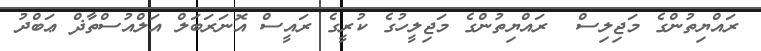
ރައްޔިތުންގެ މަޖިލިސް  ރައްޔިތުންގެ މަޖިލީހުގެ ކުރީގެ ރައީސް އޮނަރަބަލް އަލްއުސްތާޛް ޢަބްދު